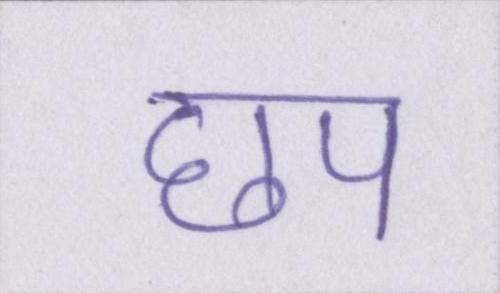
छप